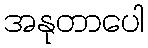
အနုတာပေါ